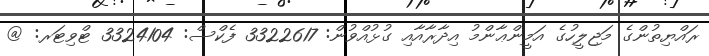
ރައްޔިތުންގެ މަޖިލީހުގެ އަމީންޢާންމު އިދާރާއާއި ގުޅުއްވުން: 3322617 ފެކްސް: 3324104 ޓްވިޓަރ: @